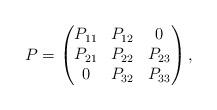
LaTeX: \begin{align*}P=\begin{pmatrix} P_{11} & P_{12} & 0\\P_{21} & P_{22} & P_{23}\\0 & P_{32} & P_{33}\end{pmatrix},\end{align*}